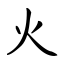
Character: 火